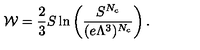
{ \cal W } = \frac { 2 } { 3 } S \ln \left( \frac { S ^ { N _ { c } } } { ( e \Lambda ^ { 3 } ) ^ { N _ { c } } } \right) .